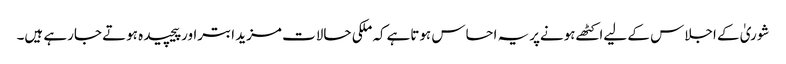
شوریٰ کے اجلاس کے لیےاکٹھےہونےپریہ احساس ہوتاہےکہ ملکی حالات مزید ابتراورپیچیدہ ہوتے جارہے ہیں۔